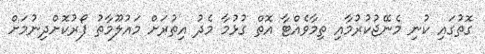
ގޮތުގައި ކުނި މެނޭޖުކުރުމާއި ތިމާވެއްޓާ އޮޮތް ގުޅުމާ މެދު އިތުރަށް މައުލޫމާތު ފޯރުކޮށްދިނުމަށް